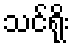
သင်ရိုး